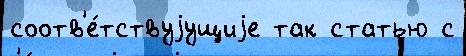
соотв'е́тствуjущиjе так статью с